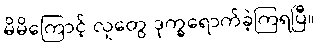
မိမိကြောင့် လူတွေ ဒုက္ခရောက်ခဲ့ကြရပြီ။